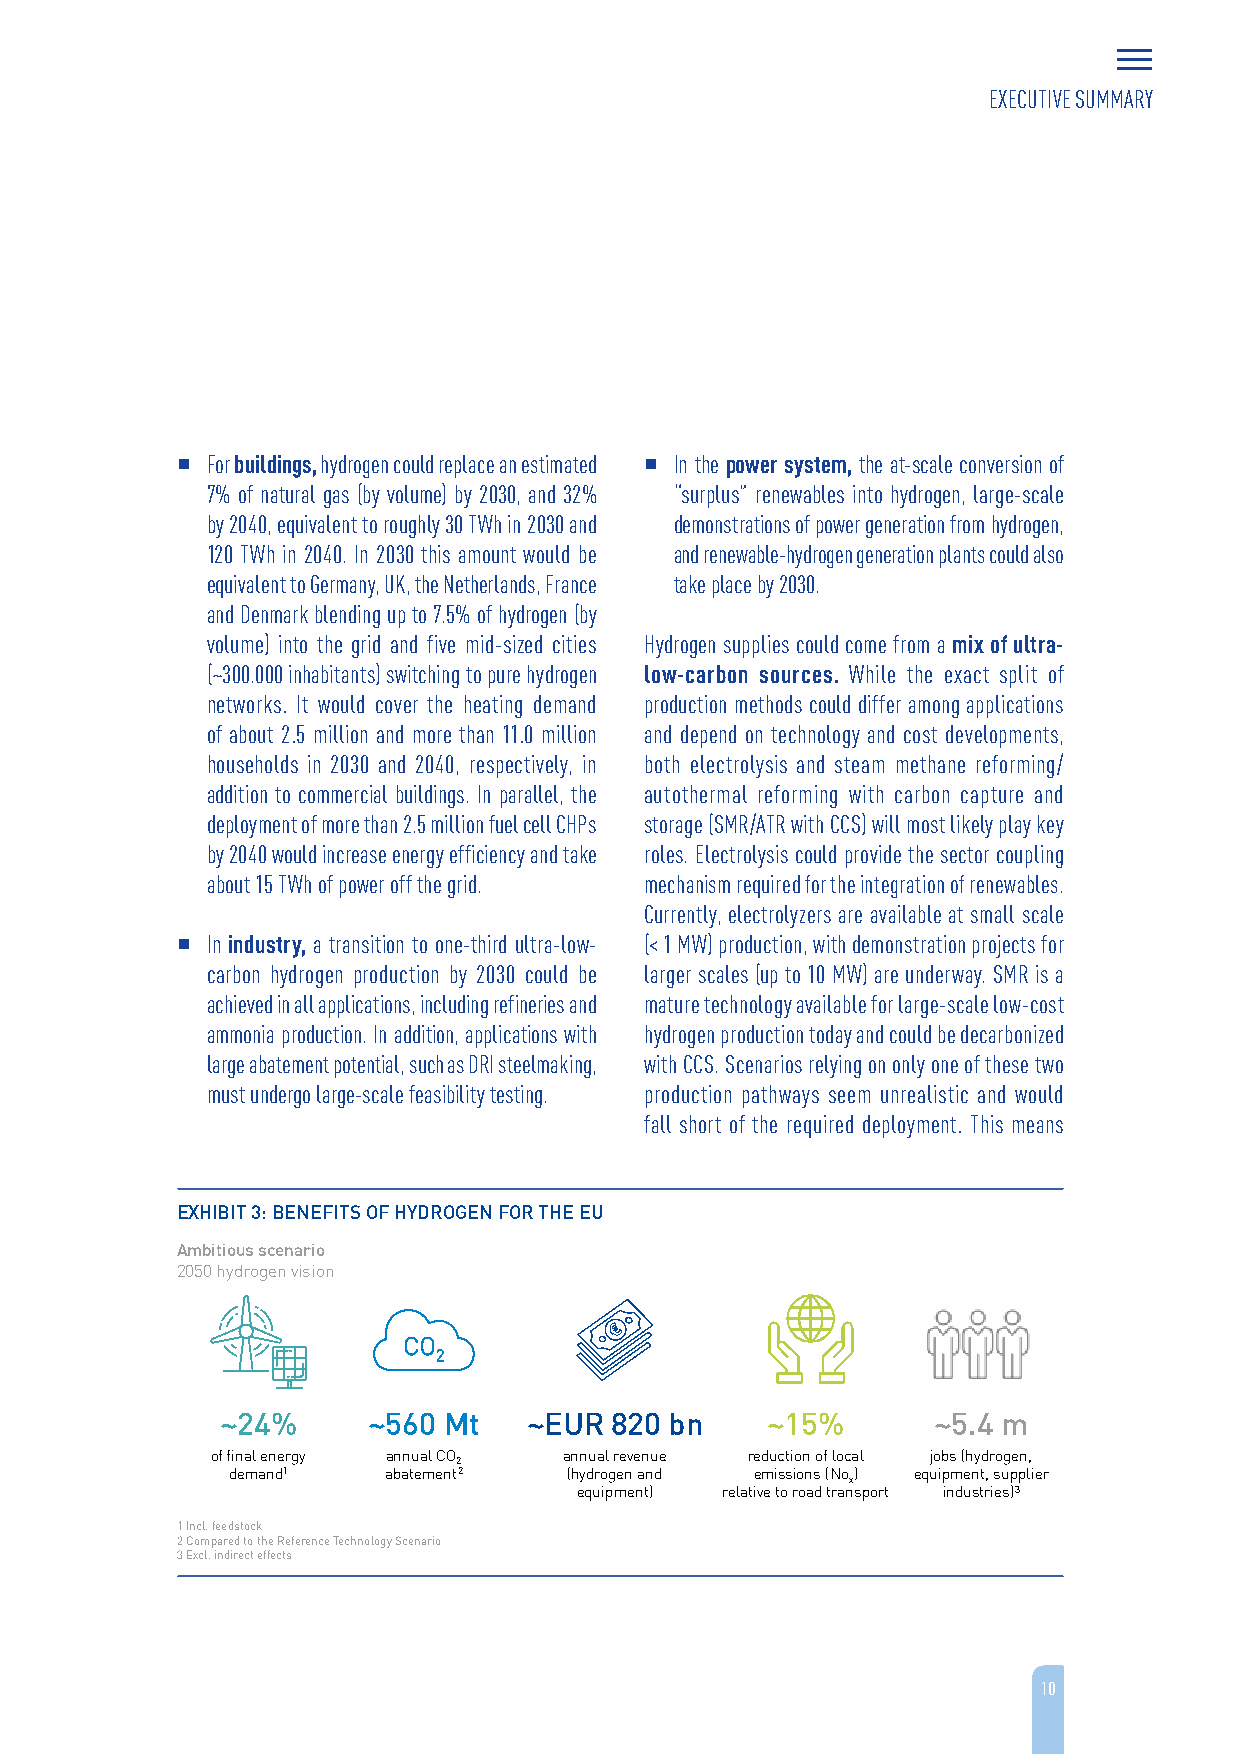
EXECUTIVE SUMMARY
  For buildings, hydrogen could replace an estimated  In the power system, the at-scale conversion of
 7% of natural gas (by volume) by 2030, and 32% “surplus” renewables into hydrogen, large-scale
 by 2040, equivalent to roughly 30 TWh in 2030 and demonstrations of power generation from hydrogen,
 120 TWh in 2040. In 2030 this amount would be and renewable-hydrogen generation plants could also
 equivalent to Germany, UK, the Netherlands, France take place by 2030.
 and Denmark blending up to 7.5% of hydrogen (by
 volume) into the grid and five mid-sized cities Hydrogen supplies could come from a mix of ultra-
 (~300.000 inhabitants) switching to pure hydrogen low-carbon sources. While the exact split of
 networks. It would cover the heating demand production methods could differ among applications
 of about 2.5 million and more than 11.0 million and depend on technology and cost developments,
 households in 2030 and 2040, respectively, in both electrolysis and steam methane reforming/
 addition to commercial buildings. In parallel, the autothermal reforming with carbon capture and
 deployment of more than 2.5 million fuel cell CHPs storage (SMR/ATR with CCS) will most likely play key
 by 2040 would increase energy efficiency and take roles. Electrolysis could provide the sector coupling
 about 15 TWh of power off the grid. mechanism required for the integration of renewables.
 Currently, electrolyzers are available at small scale
  In industry, a transition to one-third ultra-low- (< 1 MW) production, with demonstration projects for
 carbon hydrogen production by 2030 could be larger scales (up to 10 MW) are underway. SMR is a
 achieved in all applications, including refineries and mature technology available for large-scale low-cost
 ammonia production. In addition, applications with hydrogen production today and could be decarbonized
 large abatement potential, such as DRI steelmaking, with CCS. Scenarios relying on only one of these two
 must undergo large-scale feasibility testing. production pathways seem unrealistic and would
 fall short of the required deployment. This means
 EXHIBIT 3: BENEFITS OF HYDROGEN FOR THE EU
 Ambitious scenario
 2050 hydrogen vision
 CO
 2
 ~24%     ~560 Mt    ~EUR 820 bn     ~15%       ~5.4 m
 of final energy annual CO annual revenue reduction of local jobs (hydrogen,
 2
 demand1   abatement2   (hydrogen and emissions (No) equipment, supplier
 x
 equipment) relative to road transport industries)3
 1 Incl. feedstock
 2 Compared to the Reference Technology Scenario
 3 Excl. indirect effects
 10